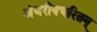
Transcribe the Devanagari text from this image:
अंबरीषचरितम्